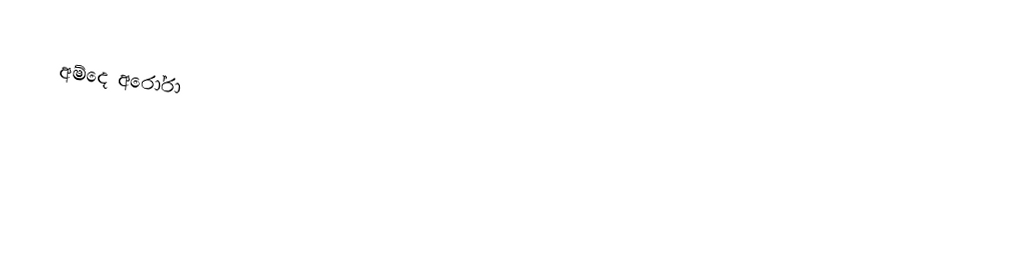
අම්දෙ අරෝරා